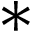
*